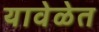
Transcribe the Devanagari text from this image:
यावेळेत